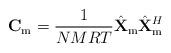
LaTeX: \begin{align*} \mathbf{C}_{\mathrm{m}}=\frac{1}{NMRT}\hat{\mathbf{X}}_{\mathrm{m}}\hat{\mathbf{X}}_{\mathrm{m}}^H\end{align*}